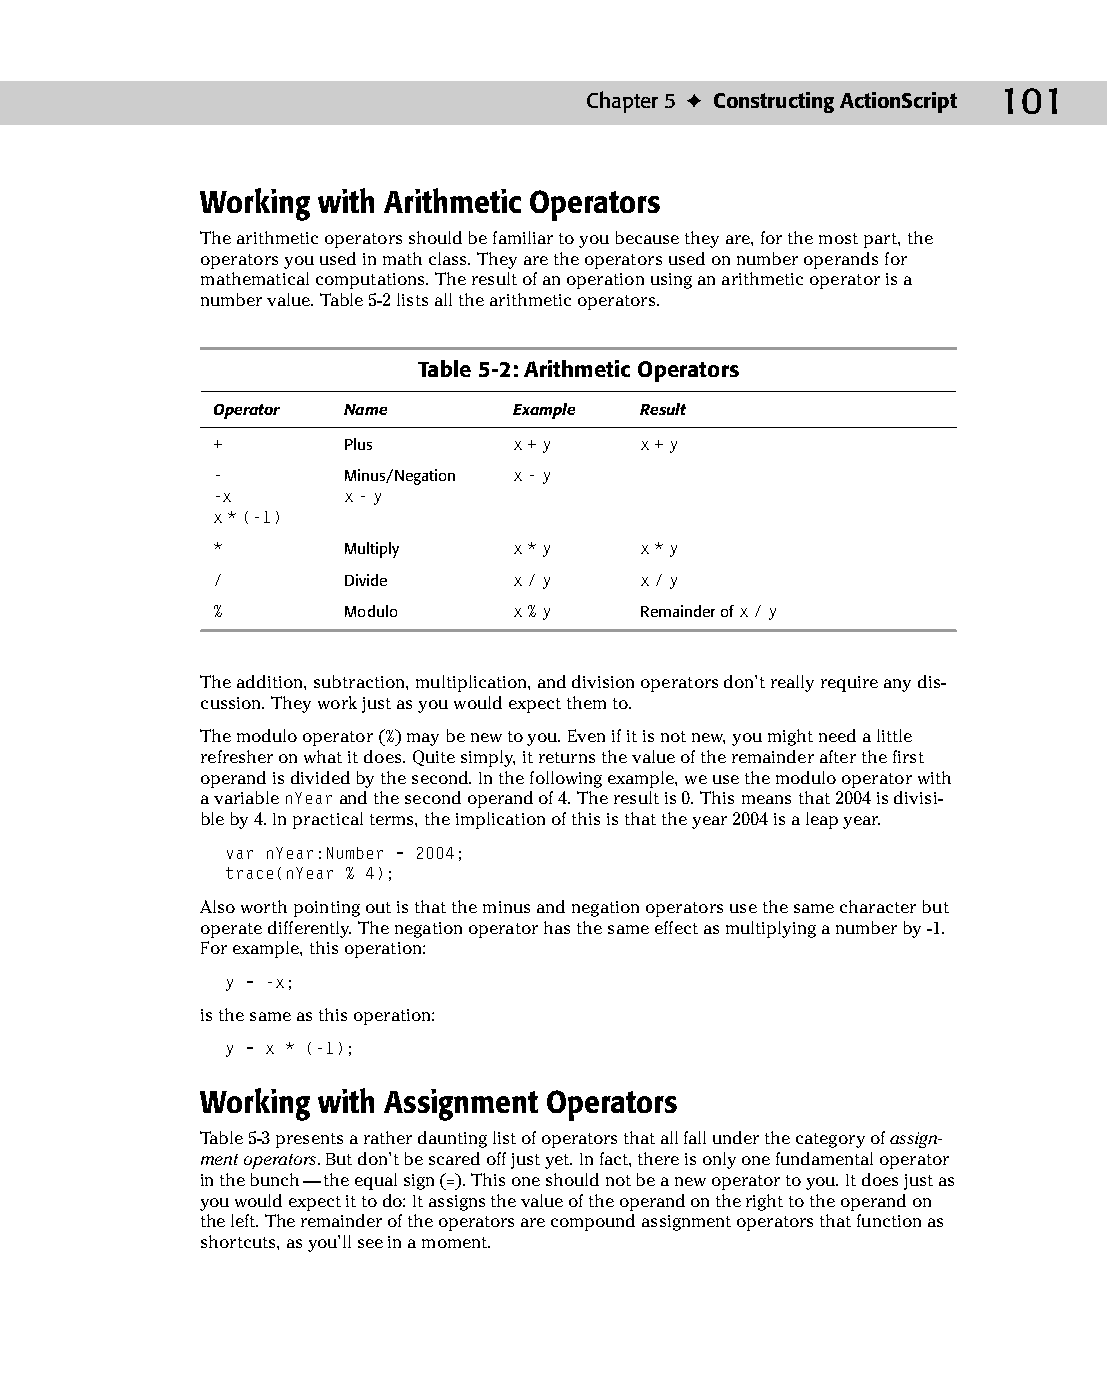
08 543547 ch05.qxd 3/24/04 3:50 PM Page 101
 Chapter 5 ✦ Constructing ActionScript 101
 Working with Arithmetic Operators
 The arithmetic operators should be familiar to you because they are, for the most part, the
 operators you used in math class. They are the operators used on number operands for
 mathematical computations. The result of an operation using an arithmetic operator is a
 number value. Table 5-2 lists all the arithmetic operators.
 Table 5-2: Arithmetic Operators
 Operator Name       Example Result
 +        Plus       x+y     x+y
 -        Minus/Negation x-y
 -x       x-y
 x * (-1)
 *        Multiply   x*y     x*y
 /        Divide     x/y     x/y
 %        Modulo     x%y     Remainder of x/y
 The addition, subtraction, multiplication, and division operators don’t really require any dis­
 cussion. They work just as you would expect them to.
 The modulo operator (%) may be new to you. Even if it is not new, you might need a little
 refresher on what it does. Quite simply, it returns the value of the remainder after the first
 operand is divided by the second. In the following example, we use the modulo operator with
 a variable nYear and the second operand of 4. The result is 0. This means that 2004 is divisi­
 ble by 4. In practical terms, the implication of this is that the year 2004 is a leap year.
 var nYear:Number = 2004;
 trace(nYear % 4);
 Also worth pointing out is that the minus and negation operators use the same character but
 operate differently. The negation operator has the same effect as multiplying a number by -1.
 For example, this operation:
 y = -x;
 is the same as this operation:
 y = x * (-1);
 Working with Assignment Operators
 Table 5-3 presents a rather daunting list of operators that all fall under the category of assign­
 ment operators. But don’t be scared off just yet. In fact, there is only one fundamental operator
 in the bunch — the equal sign (=). This one should not be a new operator to you. It does just as
 you would expect it to do: It assigns the value of the operand on the right to the operand on
 the left. The remainder of the operators are compound assignment operators that function as
 shortcuts, as you’ll see in a moment.